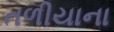
તળીયાના